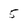
Character: 5